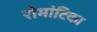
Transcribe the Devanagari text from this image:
रोमांटिका